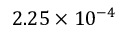
2 . 2 5 \times 1 0 ^ { - 4 }